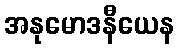
အနုမောဒနီယေန